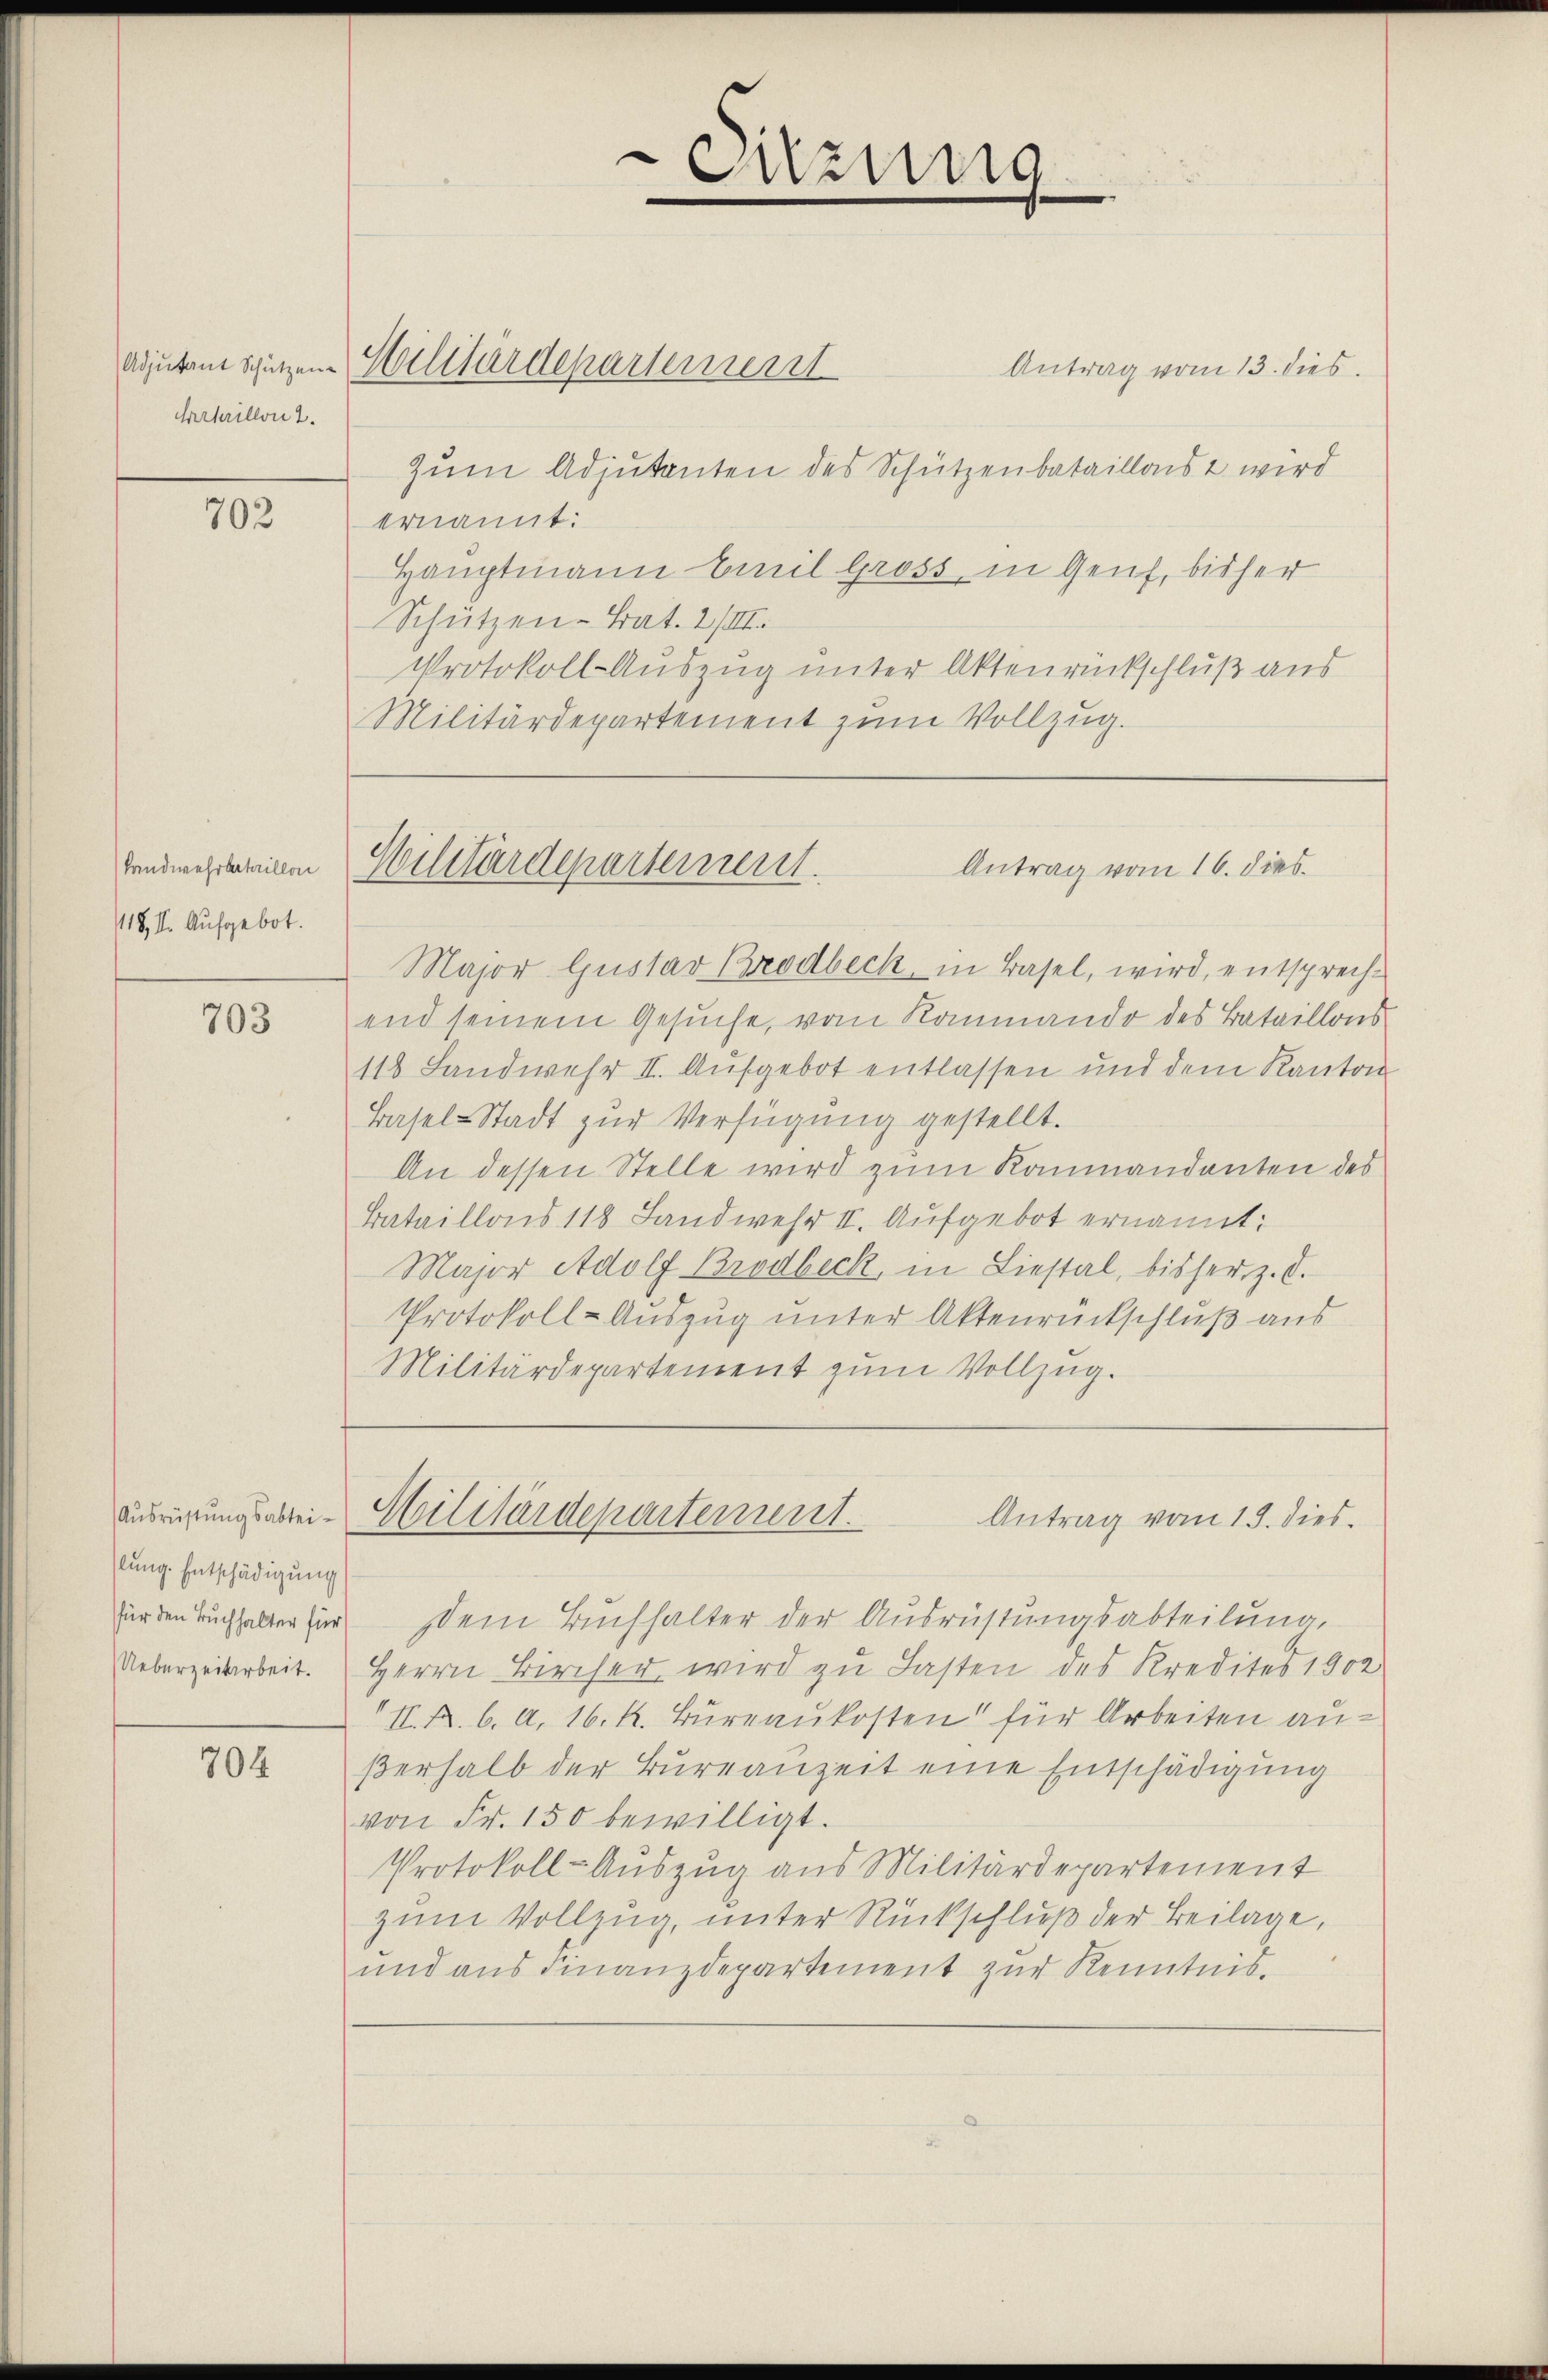
Adjutant Schützen.
Fahaillon 2.

702

Landwehrbataillon
18, I. Aufgebot.

703

Ausrüstungsabteilung. Entschädigung
für den Buchhalter für
Ueberzeitarbeit.

704

Hilitärdepartement

Antrag vom 13. dies
zum Adjutanten des Schützenbataillais wird
ernannt:
Hauptmann Emil Gross, in Genf, bisher
Schützen-Trat. 2 /III.
Protokoll-Auszug unter Aktenrückschluß aus
Militärdepartement zum Vollzug.

Major Gustav Brodbeck in Basel, wird, entsprechend seinem Gesuche, vom Raumando des Bataillons
118 Landwehr II. Aufgebot entlassen und dem Kanton
Basel-Stadt zŭr Verfügung gestellt.
An dessen Stelle wird zum Kammandanten des
Bataillons 118 Landwehr II. Aufgebot ernannt:
Major Adolf Brodbeck, in Liestal, bisher z. d.
Protokoll-Auszug unter Aktenrückschluß aus
Militärdepartement zum Vollzug.

Dem Buchhalter der Ausrüstungsabteilung,
Herrn Kircher wird zu Lasten des Kredites 1902
I. A. b. A. 16. k. Bureaukosten für Arbeiten außerhalb der Bureauzeit eine Entschädigung
von Fr. 150 bewilligt.
Protokoll-Auszug aus Militärdepartement
zum Vollzug, unter Rückschluß der Beilage,
und aus Finanzdepartement zur Kenntnis.

Sitzung

Militärdepartement.
Antrag vom 16. dies

Militärdepartement.
Antrag vom 15. dies